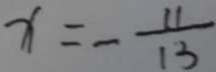
x = \frac { 1 1 } { 1 3 }